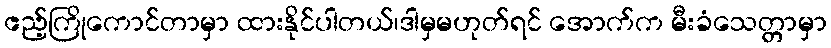
ဧည့်ကြိုကောင်တာမှာ ထားနိုင်ပါတယ်၊ဒါမှမဟုတ်ရင် အောက်က မီးခံသေတ္တာမှာ